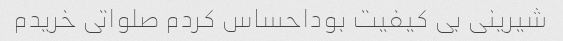
شیرینی بی کیفیت بوداحساس کردم صلواتی خریدم